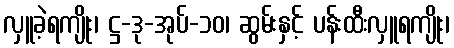
လှူခဲ့ရကျိုး၊ ဋ္ဌ-ဒု-အုပ်-၁၀၊ ဆွမ်းနှင့် ပန်းထီးလှူရကျိုး၊